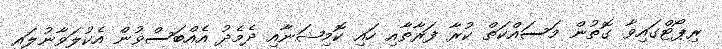
ރިޕޯޓްގައިވާ ގޮތުން މަސައްކަތް ކުރާ ފަރާތާއި ހައި ކޮމިޝަނާއި ދެމެދު އެއްބަސްވުން އެކުލަވާނުލައި